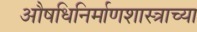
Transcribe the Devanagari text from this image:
औषधिनिर्माणशास्त्राच्या